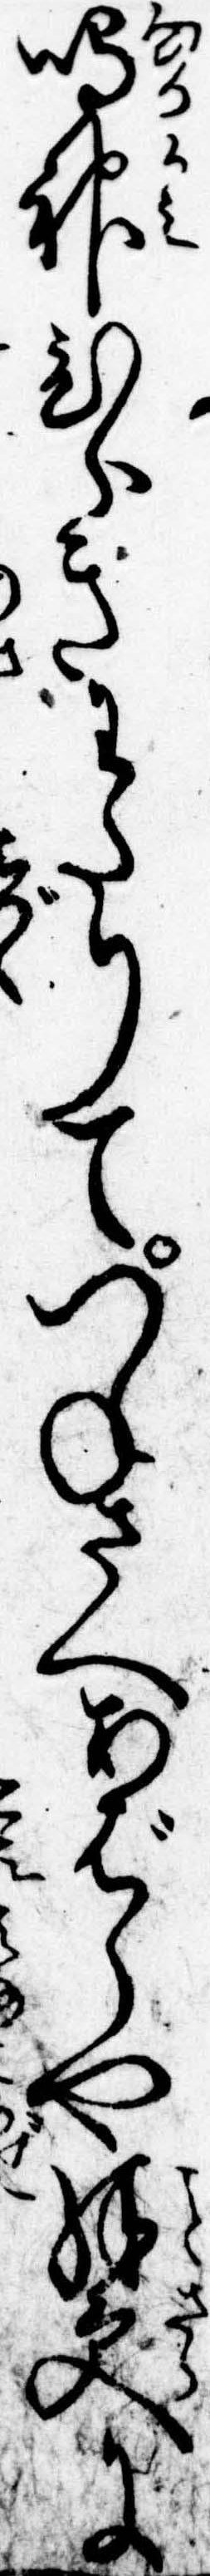
鳴神ひゞきわたりてつねさへあばらや殊更に